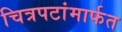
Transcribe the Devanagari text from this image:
चित्रपटांमार्फत